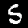
Digit: 5